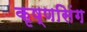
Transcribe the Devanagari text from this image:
कृष्णसिंग